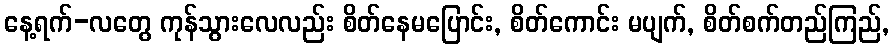
နေ့ရက်-လတွေ ကုန်သွားလေလည်း စိတ်နေမပြောင်း, စိတ်ကောင်း မပျက်, စိတ်စက်တည်ကြည်,